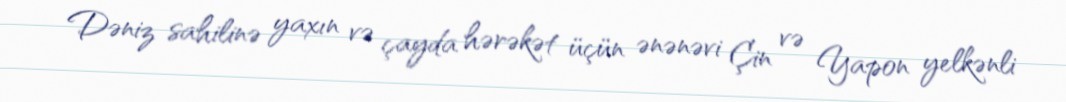
Dəniz sahilinə yaxın və çayda hərəkət üçün ənənəvi Çin və Yapon yelkənli